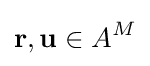
\mathbf {r} ,\mathbf {u} \in A^{M}